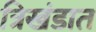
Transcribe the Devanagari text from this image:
त्रिखंडात